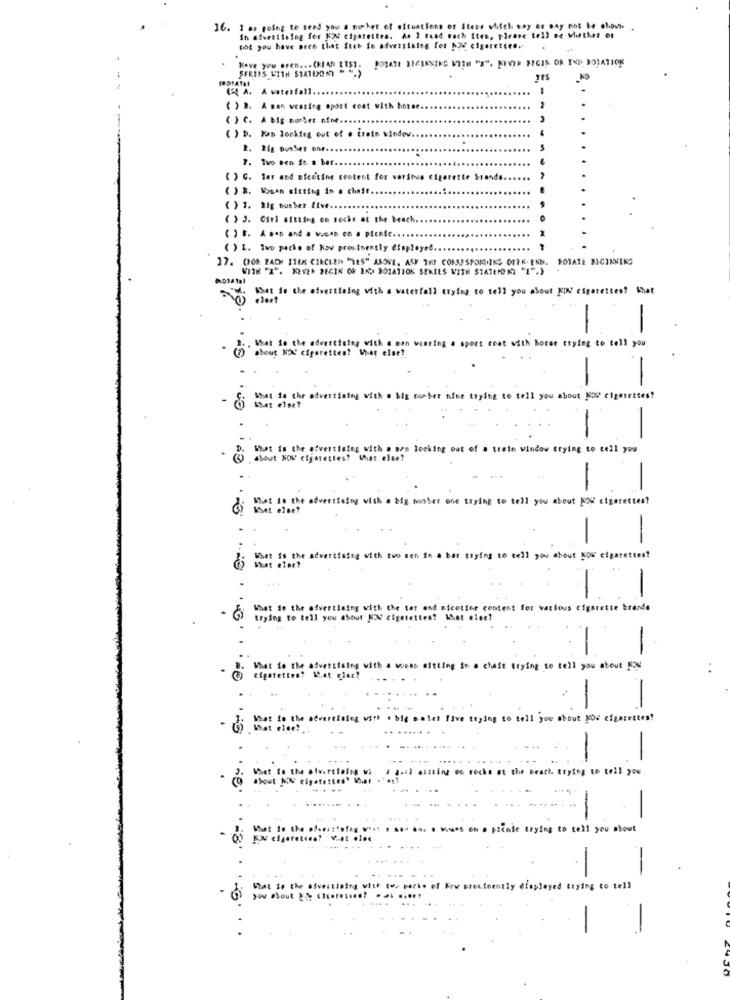
16. I at going to send you a mucher of estuations of Stese which may or may not be ahover
In advertising for K2 cigarettes. An I read cach Sten, Please tell ne whether or
Got you have pech that ftet in advertising for NOW cigarettes ..
Have you seen ... (READ [15]. [ORATE NICIKNING VIEH "X". KEVIN ARGIN OR END ROTATION
TES
( ) D. A man wearing sport coat with horse
( ) C. A big nurSer ofoe ..
( ) D. Hon looking out of . trein window ..
2. 25g DunSer ont ..
7. Ivo ben ft . bar ..
( ) G. Tar and Bfeetine content for varsova cigarette brands
( ) B. Souan sietieg in a cheft.
( ) 1. 21g bosber Live ...
( ) 3. Girl sitting on toche at the beach.
( ) E. A son and a vuene cn . pienie ..
( ) L. Two packe of kow prosinently displayed ..
17. (70% PACH ITEK CIRCLED "YES" ABOVE. ASF THE CORRESPONDING OFIK. END. ROTATE BICIANING
WITH "A". KEVER BEGIK OR EK> ROTATION SERIES WITH STATEMORY 1 )
What is the advertising with a vaterfoll trying to tell you about KON cigarettes? that
gjest
that to the adverts
with a ein vest
sport coat with horse trying to tell you
about NA' cigaretter
-
-
What is the advertising with a big number nine trying to tell you about NOW cigarettes?
what else?
-
What is the advertising with a sem looking out of a trein window trying to tell you
about NOW cigarettes? What else?
-
What
g with a big miober one trying to tell you about NOW cigarettes?
-
What Is the advertising with two sen in a
trying to tell you about KOW cigarettes?
What else?
What is the advertising with the tar and nicotine content for various cigarette brands
trying to tell you about KX cigarettes? What else?
What to the air
ettisieg with a woens sitting in a chair trying to tell you about Kou
Cigarettes! What glac!
-
severtising vi" +
five trying to tell joe shout NOW cigarettes!
-
the beach. trying to tell you
about
-
en . pienie trying to tell you about
Ex cigarettes! vat olot
-
Stat 10
displayed trying to tell
yo stout
-